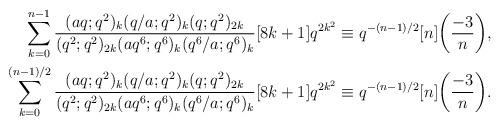
LaTeX: \begin{align*}\sum_{k=0}^{n-1}\frac{(aq;q^2)_k (q/a;q^2)_k (q;q^2)_{2k}}{(q^2;q^2)_{2k}(aq^6;q^6)_k (q^6/a;q^6)_k }[8k+1]q^{2k^2}&\equiv q^{-(n-1)/2}[n]\biggl(\frac{-3}{n}\biggr),\\\sum_{k=0}^{(n-1)/2}\frac{(aq;q^2)_k (q/a;q^2)_k (q;q^2)_{2k}}{(q^2;q^2)_{2k}(aq^6;q^6)_k (q^6/a;q^6)_k }[8k+1]q^{2k^2}&\equiv q^{-(n-1)/2}[n]\biggl(\frac{-3}{n}\biggr).\end{align*}